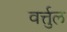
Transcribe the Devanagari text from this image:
वर्त्तुल